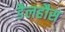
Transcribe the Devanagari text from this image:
डैलहौस